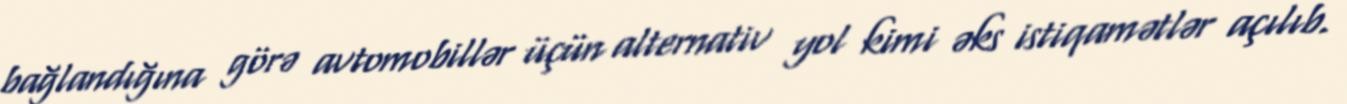
bağlandığına görə avtomobillər üçün alternativ yol kimi əks istiqamətlər açılıb.